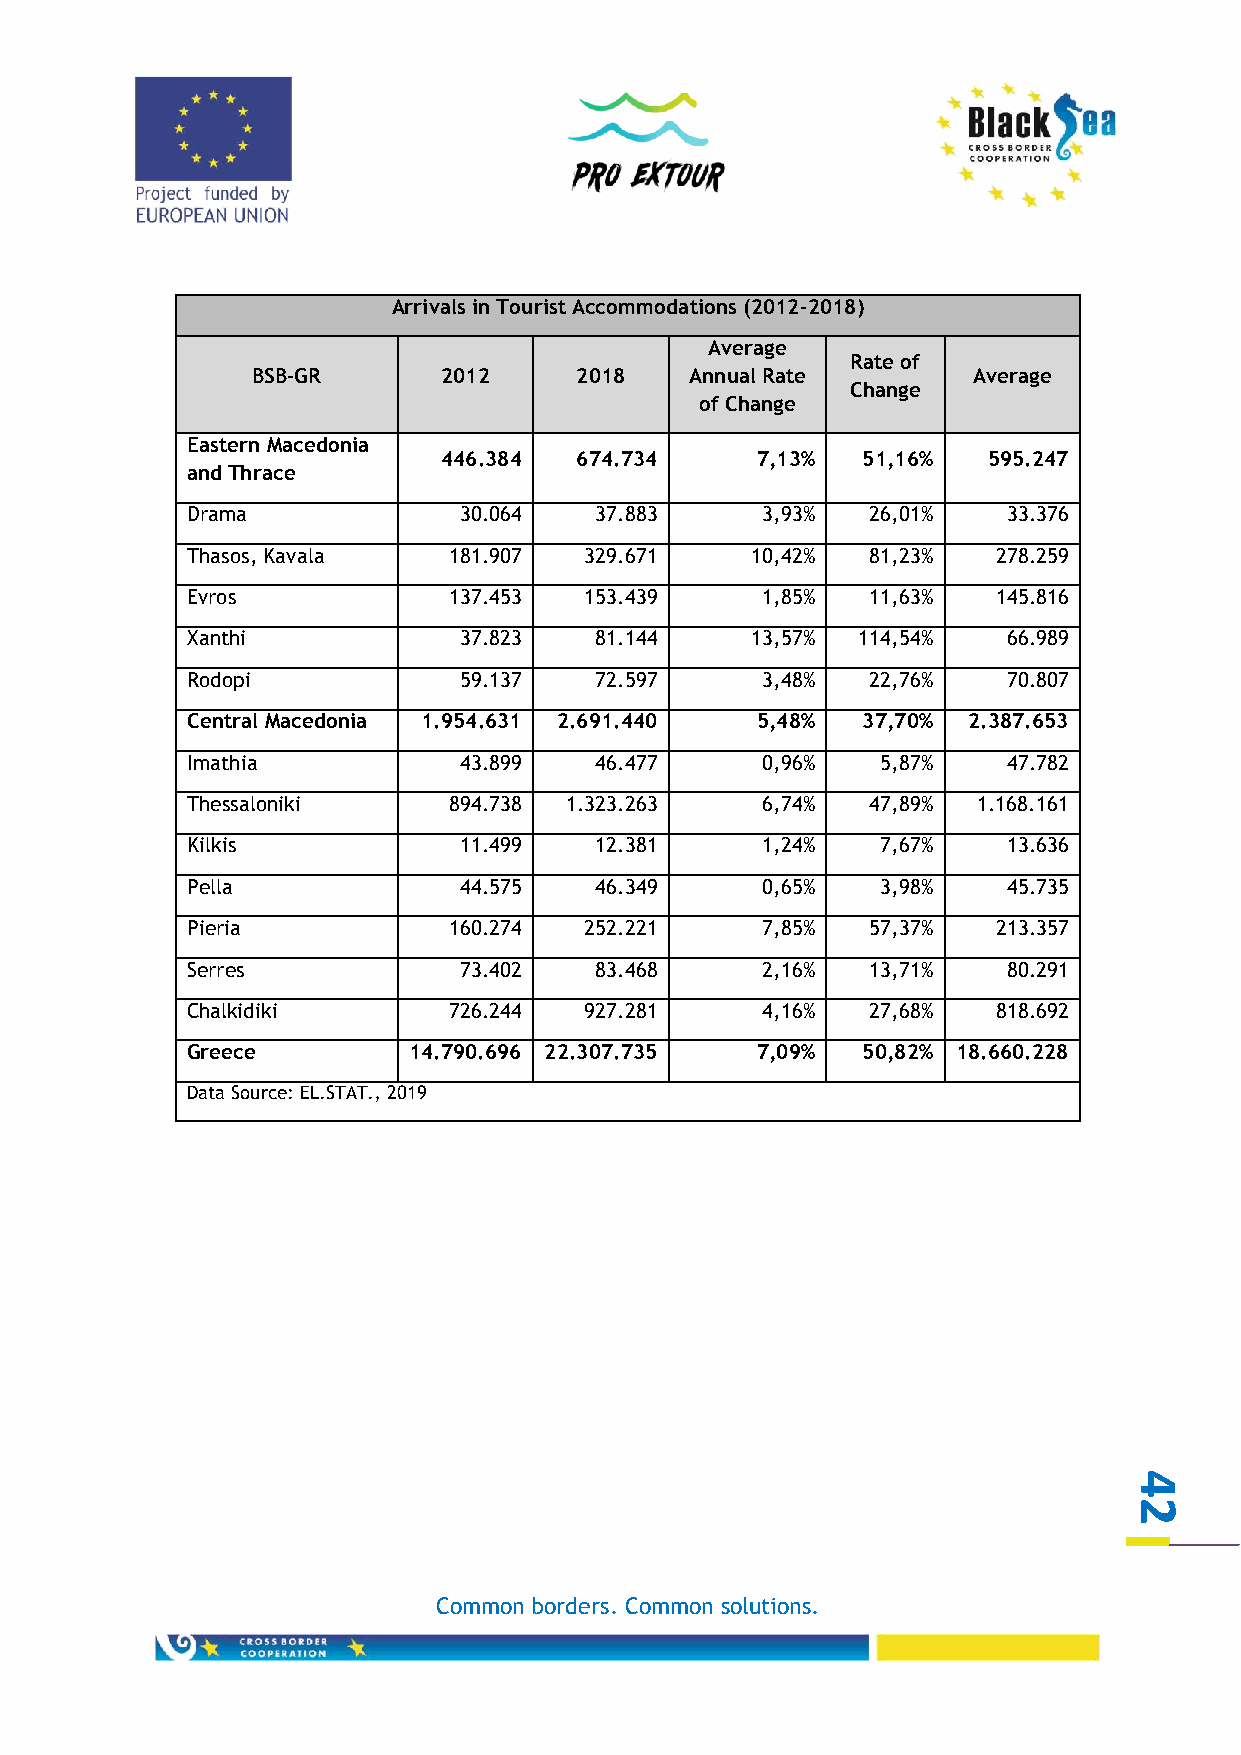
Arrivals in Tourist Accommodations (2012-2018)
 Average
 Rate of
 BSB-GR      2012     2018    Annual Rate       Average
 Change
 of Change
 Eastern Macedonia
 446.384  674.734     7,13%  51,16%  595.247
 and Thrace
 Drama             30.064   37.883     3,93%   26,01%   33.376
 Thasos, Kavala    181.907  329.671    10,42%  81,23%  278.259
 Evros             137.453  153.439    1,85%   11,63%  145.816
 Xanthi            37.823   81.144     13,57% 114,54%   66.989
 Rodopi            59.137   72.597     3,48%   22,76%   70.807
 Central Macedonia 1.954.631 2.691.440 5,48%  37,70% 2.387.653
 Imathia           43.899   46.477     0,96%   5,87%    47.782
 Thessaloniki      894.738 1.323.263   6,74%   47,89% 1.168.161
 Kilkis            11.499   12.381     1,24%   7,67%    13.636
 Pella             44.575   46.349     0,65%   3,98%    45.735
 Pieria            160.274  252.221    7,85%   57,37%  213.357
 Serres            73.402   83.468     2,16%   13,71%   80.291
 Chalkidiki        726.244  927.281    4,16%   27,68%  818.692
 Greece         14.790.696 22.307.735  7,09%  50,82% 18.660.228
 Data Source: EL.STAT., 2019
 4
 2
 Common borders. Common solutions.